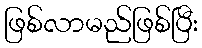
ဖြစ်လာမည်ဖြစ်ပြီး